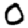
Digit: 0